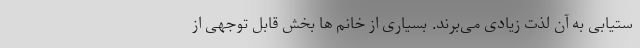
ستیابی به آن لذت زیادی می‌برند. بسیاری از خانم ها بخش قابل توجهی از